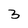
Character: 3